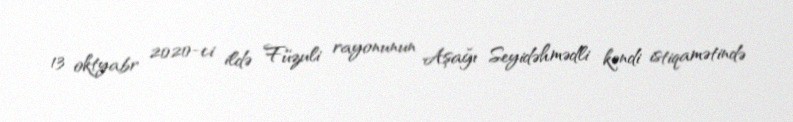
13 oktyabr 2020-ci ildə Füzuli rayonunun Aşağı Seyidəhmədli kəndi istiqamətində